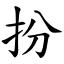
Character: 扮